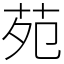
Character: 苑